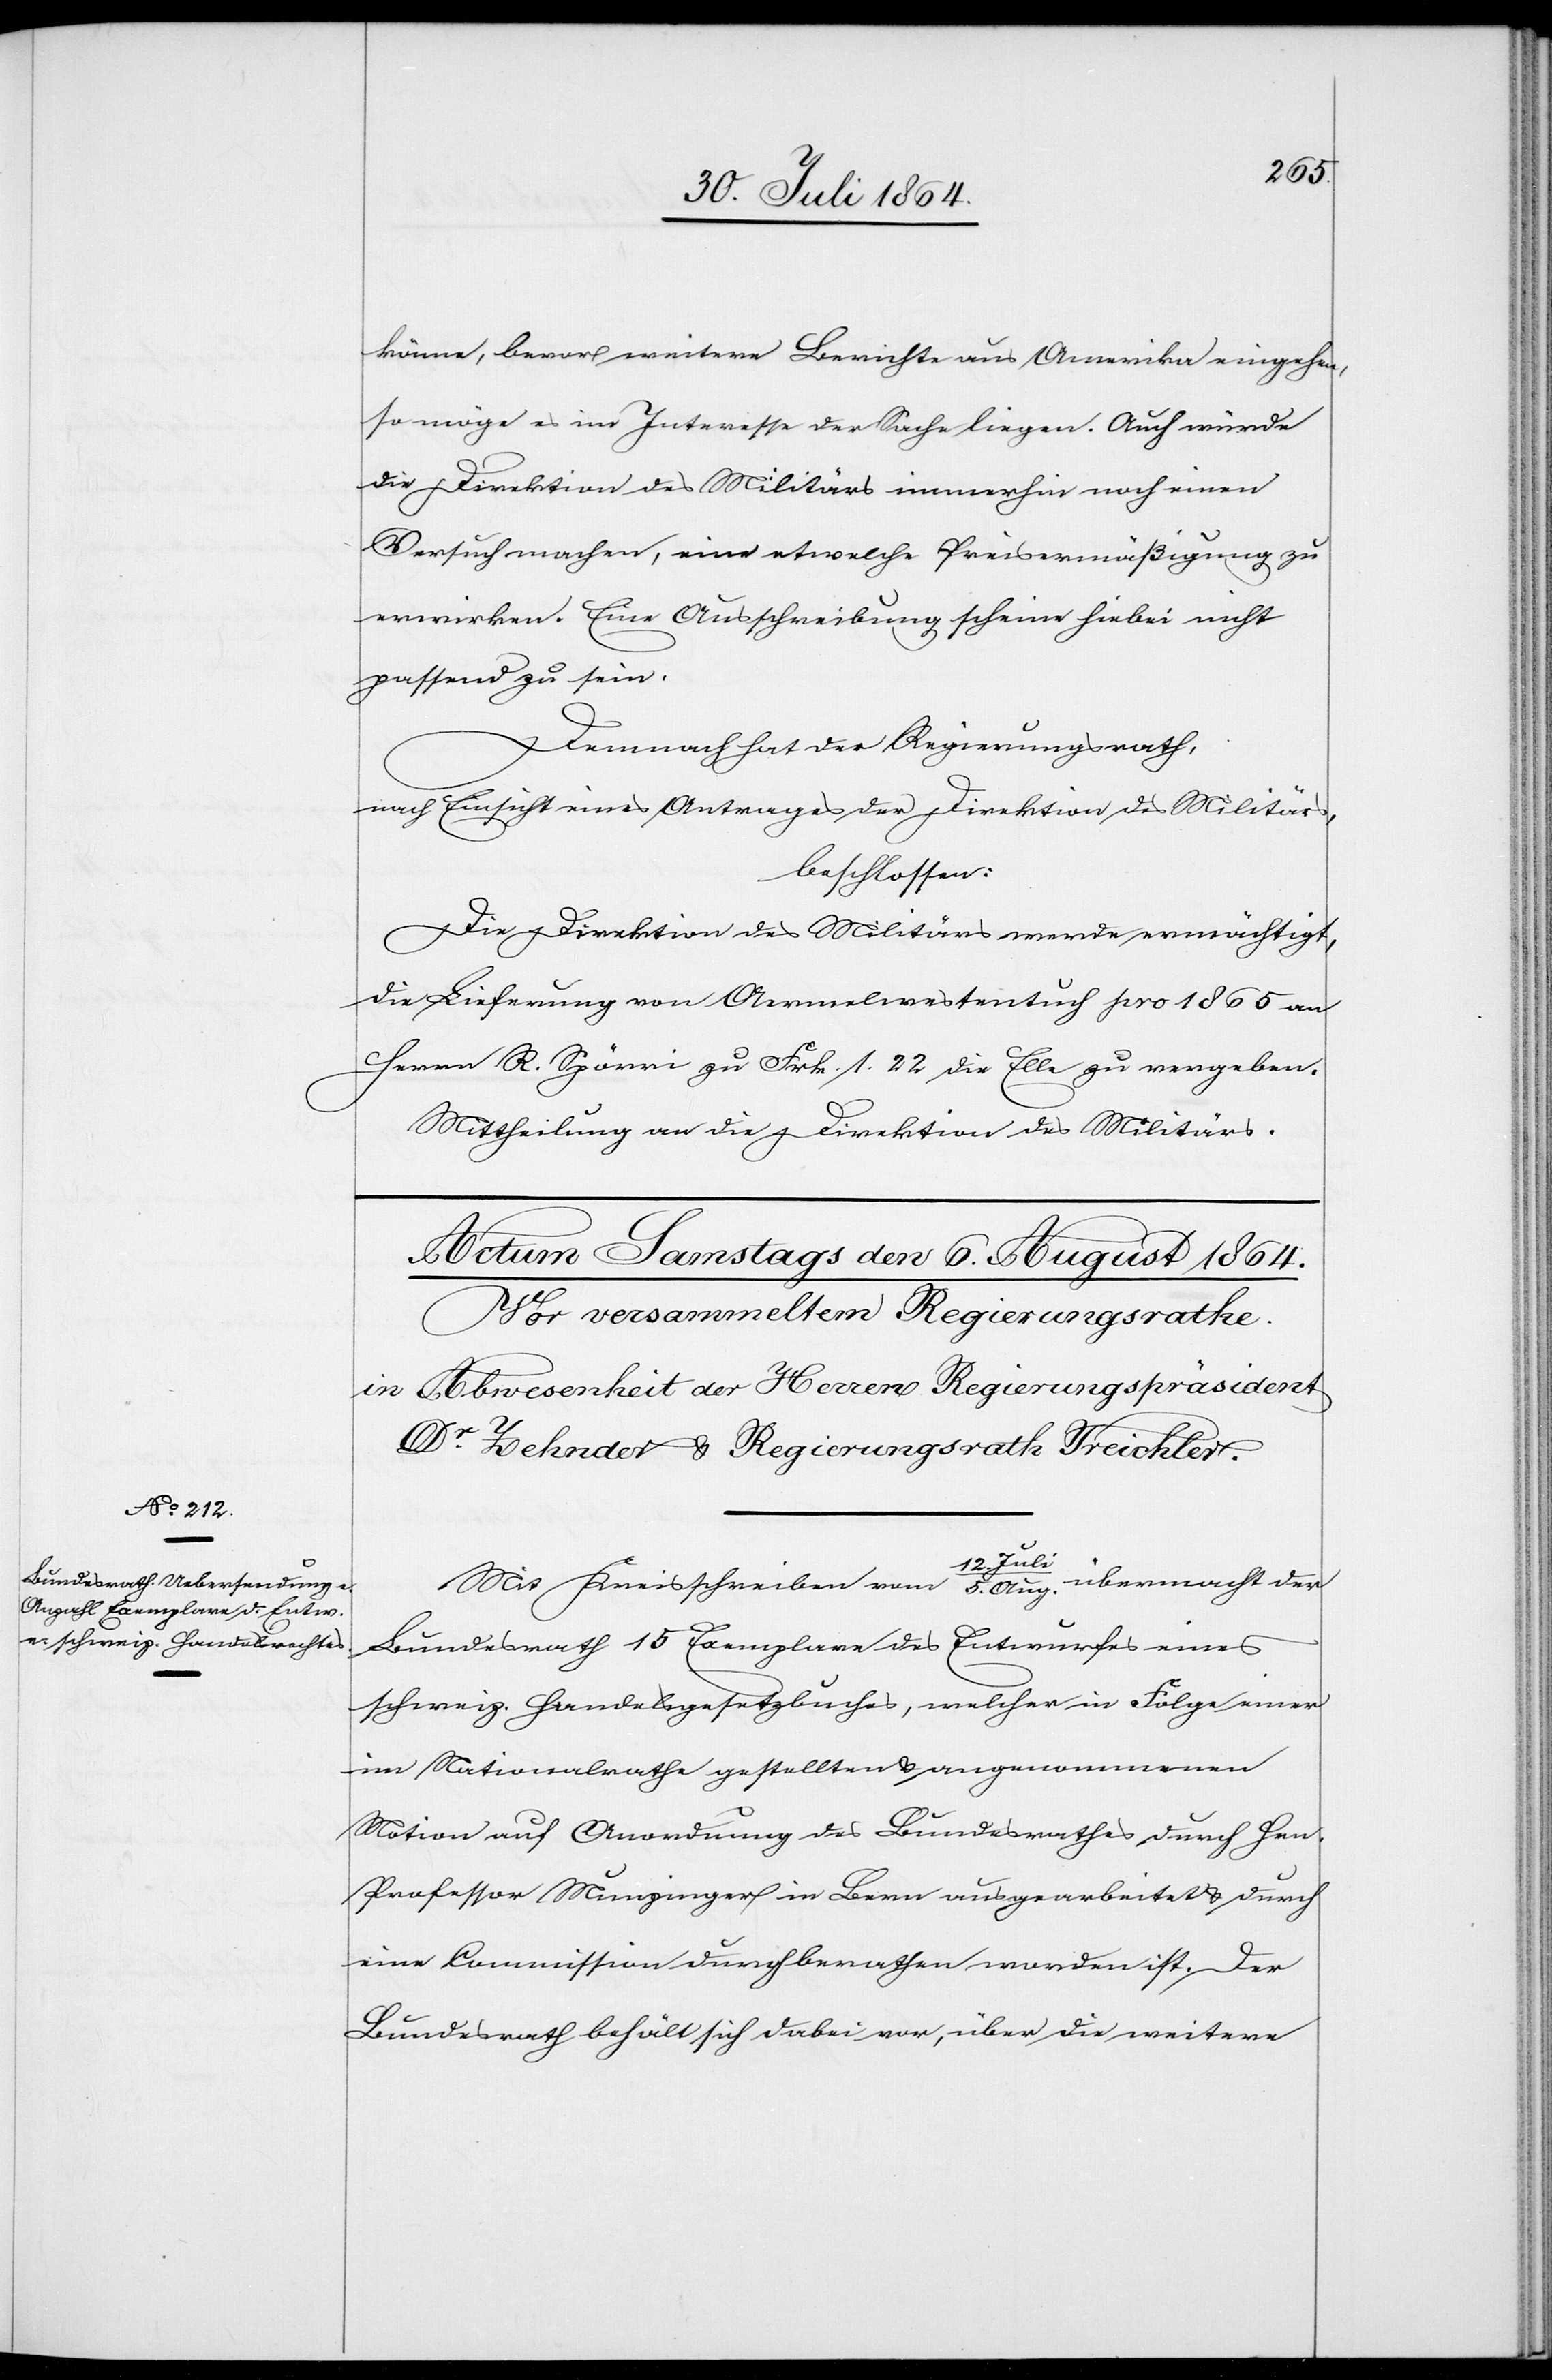
könne, bevor weitere Berichte aus Amerika eingehen,
so möge es im Interesse der Sache liegen. Auch würde
die Direktion des Militärs immerhin noch einen
Versuch machen, eine etwelche Preisermäßigung zu
erwirken. Eine Ausschreibung scheine hiebei nicht
passend zu sein.
Demnach hat der Regierungsrath,
nach Einsicht eines Antrages der Direktion des Militärs,
beschlossen:
Die Direktion des Militärs werde ermächtigt,
die Lieferung von Aermelwestentuch pro 1865 an
Herrn R. Spörri zu Frk. 1.22 die Elle zu vergeben.
Mittheilung an die Direktion des Militärs.
Mit Kreisschreiben vom 12. Juli/5. Aug. übermacht der
Bundesrath 15 Exemplare des Entwurfes eines
schweiz. Handelsgesetzbuches, welcher in Folge einer
im Nationalrathe gestellten & angenommenen
Motion auf Anordnung des Bundesrathes durch Hrn.
Professor Munzinger in Bern ausgearbeitet & durch
eine Commission durchberathen worden ist. Der
Bundesrath behält sich dabei vor, über die weitere